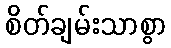
စိတ်ချမ်းသာစွာ